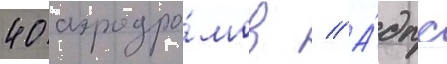
40 аэродро́мов // А́дпс